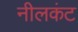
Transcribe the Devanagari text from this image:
नीलकंट